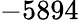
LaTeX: -5894